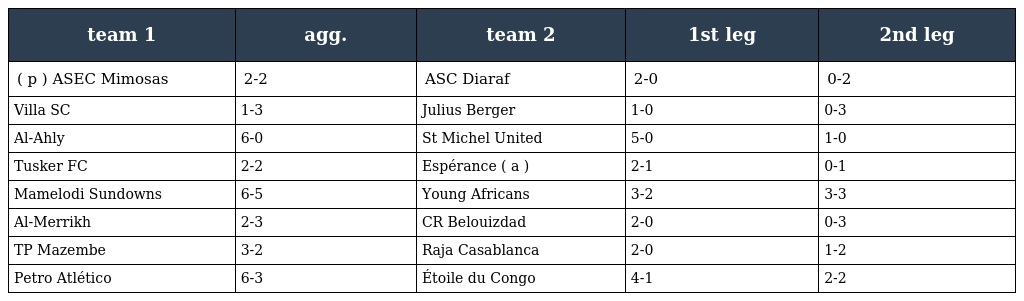
| team 1 | agg. | team 2 | 1st leg | 2nd leg |
 | --- | --- | --- | --- | --- |
 | ( p ) ASEC Mimosas | 2-2 | ASC Diaraf | 2-0 | 0-2 |
 | Villa SC | 1-3 | Julius Berger | 1-0 | 0-3 |
 | Al-Ahly | 6-0 | St Michel United | 5-0 | 1-0 |
 | Tusker FC | 2-2 | Espérance ( a ) | 2-1 | 0-1 |
 | Mamelodi Sundowns | 6-5 | Young Africans | 3-2 | 3-3 |
 | Al-Merrikh | 2-3 | CR Belouizdad | 2-0 | 0-3 |
 | TP Mazembe | 3-2 | Raja Casablanca | 2-0 | 1-2 |
 | Petro Atlético | 6-3 | Étoile du Congo | 4-1 | 2-2 |